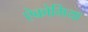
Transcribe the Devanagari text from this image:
ऐक्रोमिया